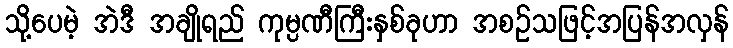
သို့ပေမဲ့ အဲဒီ အချိုရည် ကုမ္ပဏီကြီးနှစ်ခုဟာ အစဉ်သဖြင့်အပြန်အလှန်